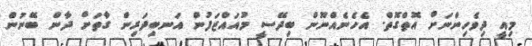
މިއީ ދިވެހިންނަށް އޮތްގޮތް. އެހެނެއްނޫން ބިދޭސީ މުއައްޒަފުން އަނބިދަރިން ގާތަށް ދާން ބޭނުން